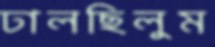
ঢালছিলুম